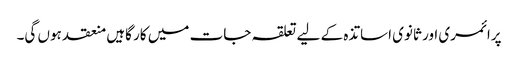
پرائمری اور ثانوی اساتذہ کے لیے تعلقہ جات میں کار گاہیں منعقد ہوں گی۔